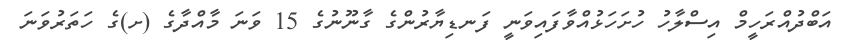
އަބްދުއްރަހީމް އިސްލާހު ހުށަހަޅުއްވާފައިވަނީ ފަނޑިޔާރުންގެ ގާނޫނުގެ 15 ވަނަ މާއްދާގެ (ށ)ގެ ހަތަރުވަނަ